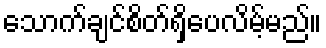
သောက်ချင်စိတ်ရှိပေလိမ့်မည်။